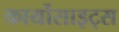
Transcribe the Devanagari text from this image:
कार्योसाइट्स